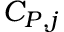
C _ { P , j }